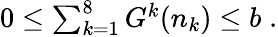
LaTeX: \begin{array}{r}{0\le\sum_{k=1}^{8}G^{k}(n_{k})\le b\; .}\end{array}